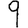
Digit: 9